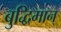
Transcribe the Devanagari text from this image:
बुद्धिमान्‌